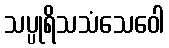
သပ္ပုရိသသံသေဝေါ